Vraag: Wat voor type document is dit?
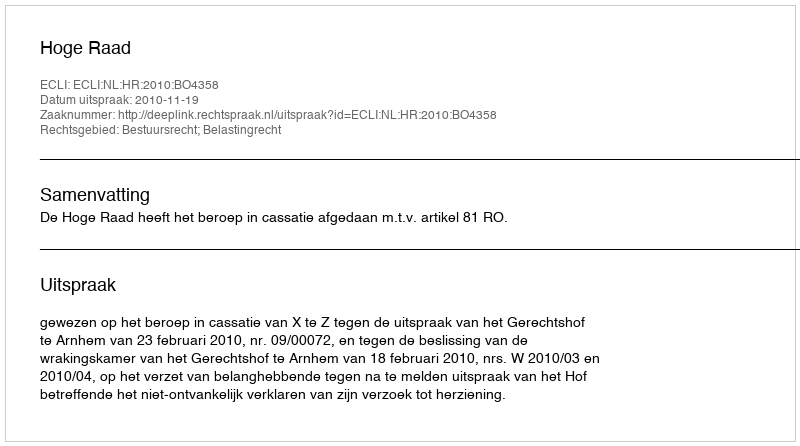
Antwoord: Uitspraak